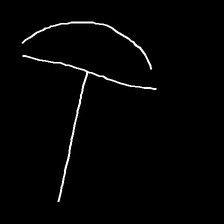
Glyph: dispersion